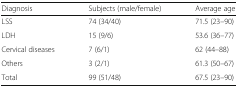
<table><thead><tr><td><b>Diagnosis</b></td><td><b>Subjects (male/female)</b></td><td><b>Average age</b></td></tr></thead><tbody><tr><td>LSS</td><td>74 (34/40)</td><td>71.5 (23–90)</td></tr><tr><td>LDH</td><td>15 (9/6)</td><td>53.6 (36–77)</td></tr><tr><td>Cervical diseases</td><td>7 (6/1)</td><td>62 (44–88)</td></tr><tr><td>Others</td><td>3 (2/1)</td><td>61.3 (50–67)</td></tr><tr><td>Total</td><td>99 (51/48)</td><td>67.5 (23–90)</td></tr></tbody></table>